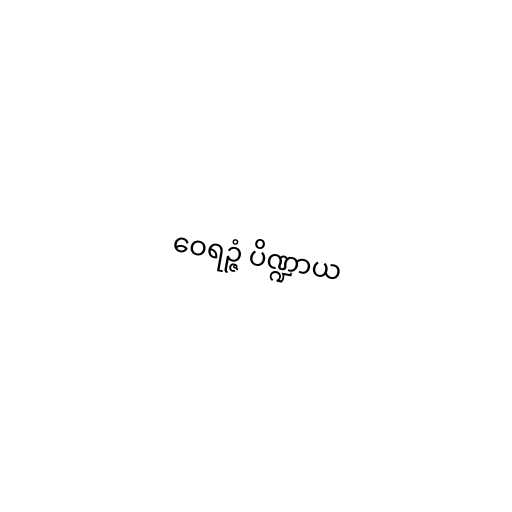
ဝေရဉ္ဇံ ပိဏ္ဍာယ